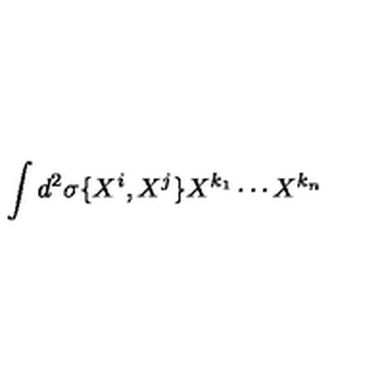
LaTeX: \int d ^ { 2 } \sigma \{ X ^ { i } , X ^ { j } \} X ^ { k _ { 1 } } \cdots X ^ { k _ { n } }